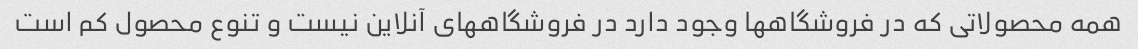
همه محصولاتی که در فروشگاهها وجود دارد در فروشگاههای آنلاین نیست و تنوع محصول کم است